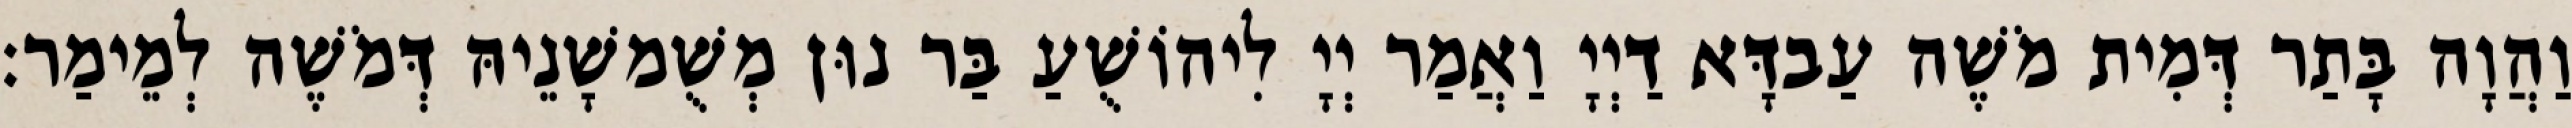
וַהֲוָה בָּתַר דְּמִית מֹשֶׁה עַבדָּא דַיְיָ וַאֲמַר יְיָ לִיהוֹשֻׁעַ בַּר נוּן מְשֻׁמשָׁנֵיהּ דְּמֹשֶׁה לְמֵימַר׃